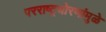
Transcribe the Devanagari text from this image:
परराष्ट्रधोरणांमुळे